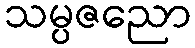
သမ္ပဇညော